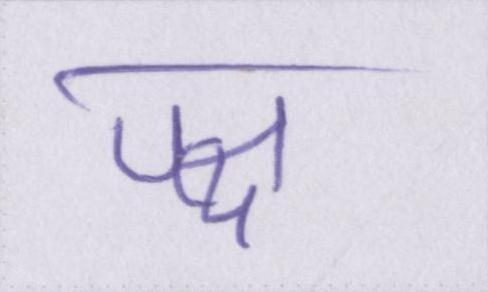
पक्ष